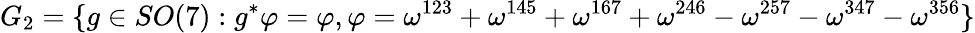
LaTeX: G_{2}=\{ g\in SO(7):g^{*}\varphi=\varphi,\varphi=\omega^{123}+\omega^{145}+\omega^{167}+\omega^{246}-\omega^{257}-\omega^{347}-\omega^{356}\}